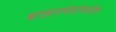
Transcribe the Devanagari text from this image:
बाजारपेठांमधील